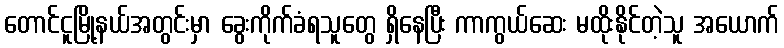
တောင်ငူမြို့နယ်အတွင်းမှာ ခွေးကိုက်ခံရသူတွေ ရှိနေပြီး ကာကွယ်ဆေး မထိုးနိုင်တဲ့သူ အယောက်